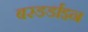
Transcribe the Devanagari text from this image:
बरडर्डाइन